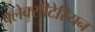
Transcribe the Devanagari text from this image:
फ्लेक्सीटेरियन